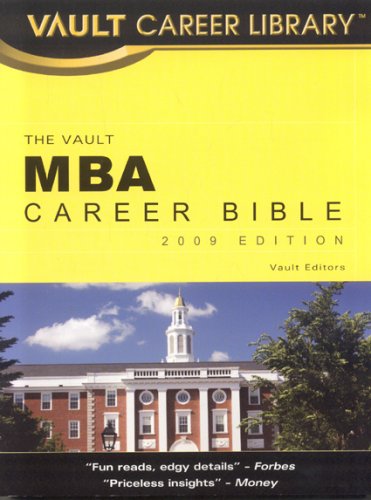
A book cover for MBA Career Bible (Vault MBA Career Bible); Carolyn C. Wise; Business & Money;